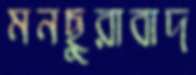
মনছুরাবাদ